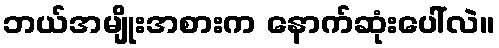
ဘယ်အမျိုးအစားက နောက်ဆုံးပေါ်လဲ။